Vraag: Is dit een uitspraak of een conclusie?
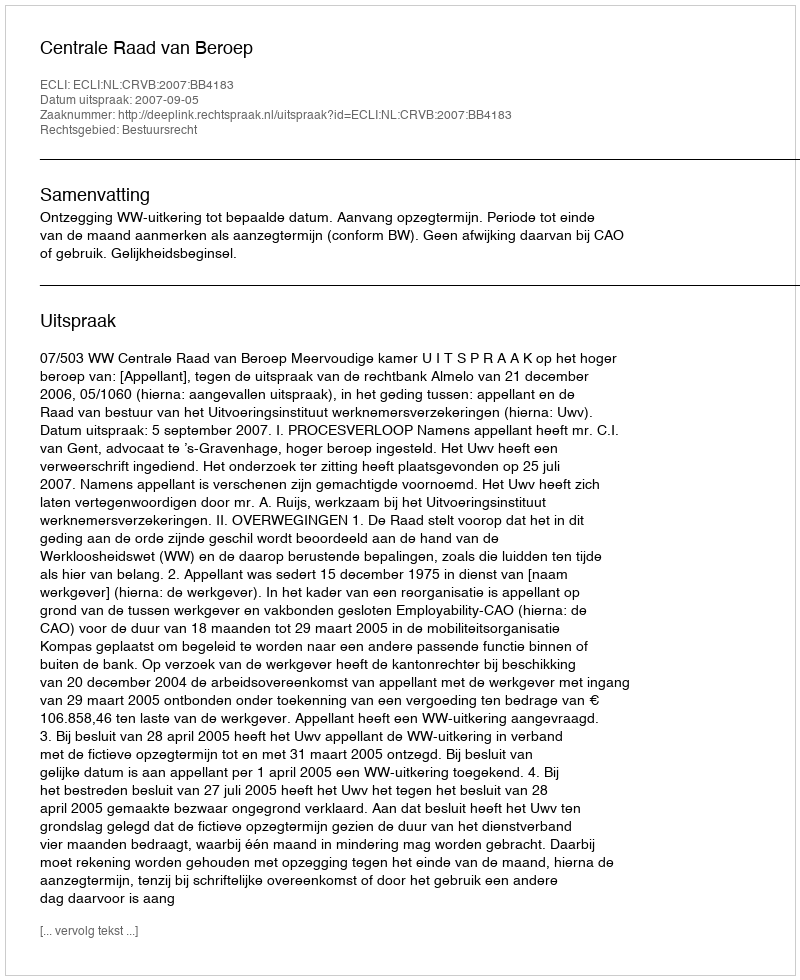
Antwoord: Uitspraak